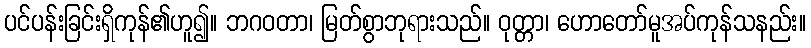
ပင်ပန်းခြင်းရှိကုန်၏ဟူ၍။ ဘဂဝတာ၊ မြတ်စွာဘုရားသည်။ ဝုတ္တာ၊ ဟောတော်မူအပ်ကုန်သနည်း။